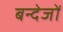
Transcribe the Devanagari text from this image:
बन्देजों